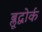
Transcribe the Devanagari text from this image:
ब्लूद्वोर्क